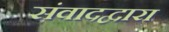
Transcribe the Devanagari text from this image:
संवादद्वारा